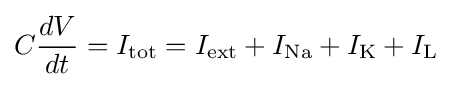
C{\frac {dV}{dt}}=I_{\mathrm {tot} }=I_{\mathrm {ext} }+I_{\mathrm {Na} }+I_{\mathrm {K} }+I_{\mathrm {L} }